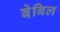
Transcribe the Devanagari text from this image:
बेबिल